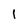
Character: 1